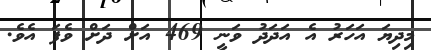
މިދިޔަ އަހަރު އެ އަދަދު ވަނީ 469 އަށް ދަށް ވެފަ އެވެ.